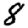
Digit: 8